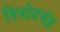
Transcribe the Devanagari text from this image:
विनोदचंद्र